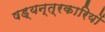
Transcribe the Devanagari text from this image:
षड्‍यन्त्रकारियों